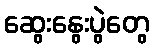
ဆွေးနွေးပွဲတွေ